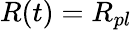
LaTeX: R(t)=R_{pl}